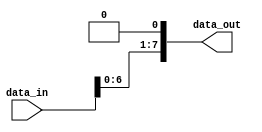
module parameterized_module #(
  parameter WIDTH = 8
)(
  input [WIDTH-1:0] data_in,
  output [WIDTH-1:0] data_out
);

// Internal logic based on parameter values
assign data_out = data_in << 1; // Example logic, can be adjusted based on parameters

endmodule